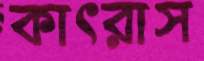
কাৎরাস